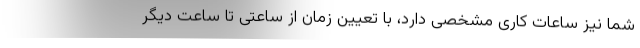
شما نیز ساعات کاری مشخصی دارد، با تعیین زمان از ساعتی تا ساعت دیگر